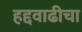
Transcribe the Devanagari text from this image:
हद्दवाढीचा